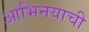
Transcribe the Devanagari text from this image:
आभिनयाची